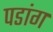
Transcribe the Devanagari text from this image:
पडांग